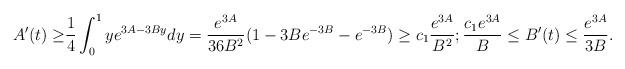
LaTeX: \begin{align*}A'(t)\geq&\frac{1}{4}\int_0^1 ye^{3A-3By}dy=\frac{e^{3A}}{36B^2}(1-3Be^{-3B}-e^{-3B})\geq c_1\frac{e^{3A}}{B^2};\frac{c_1e^{3A}}{B}\leq B'(t)\leq \frac{e^{3A}}{3B}.\end{align*}